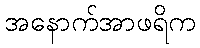
အနောက်အာဖရိက